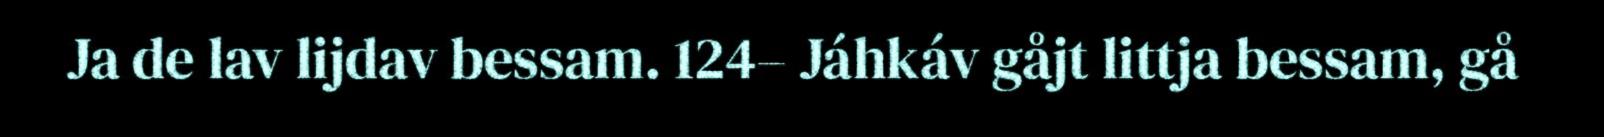
Ja de lav lijdav bessam. 124– Jáhkáv gåjt littja bessam, gå